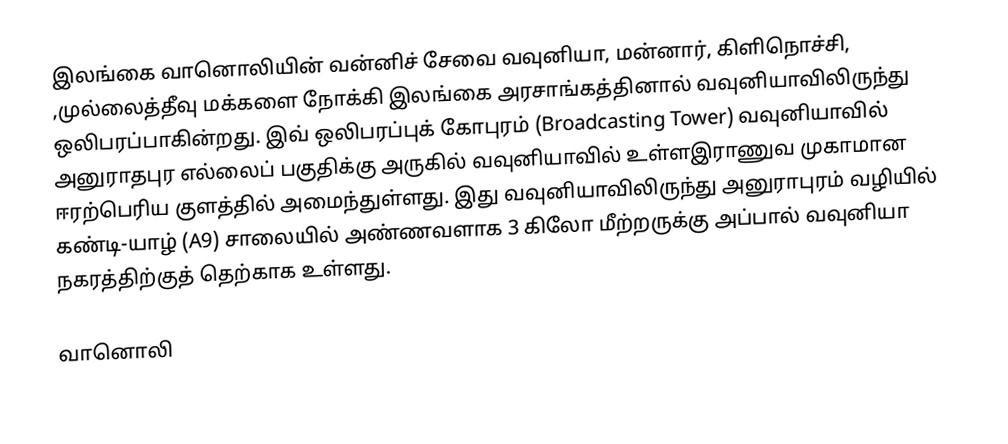
இலங்கை வானொலியின் வன்னிச் சேவை வவுனியா, மன்னார், கிளிநொச்சி, ,முல்லைத்தீவு மக்களை நோக்கி இலங்கை அரசாங்கத்தினால் வவுனியாவிலிருந்து ஒலிபரப்பாகின்றது. இவ் ஒலிபரப்புக் கோபுரம் (Broadcasting Tower) வவுனியாவில் அனுராதபுர எல்லைப் பகுதிக்கு அருகில் வவுனியாவில் உள்ளஇராணுவ முகாமான ஈரற்பெரிய குளத்தில் அமைந்துள்ளது. இது வவுனியாவிலிருந்து  அனுராபுரம் வழியில் கண்டி-யாழ் (A9) சாலையில் அண்ணவளாக 3 கிலோ மீற்றருக்கு அப்பால் வவுனியா நகரத்திற்குத் தெற்காக உள்ளது.

வானொலி